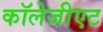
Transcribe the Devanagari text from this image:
कॉलेजीएट